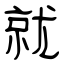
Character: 就